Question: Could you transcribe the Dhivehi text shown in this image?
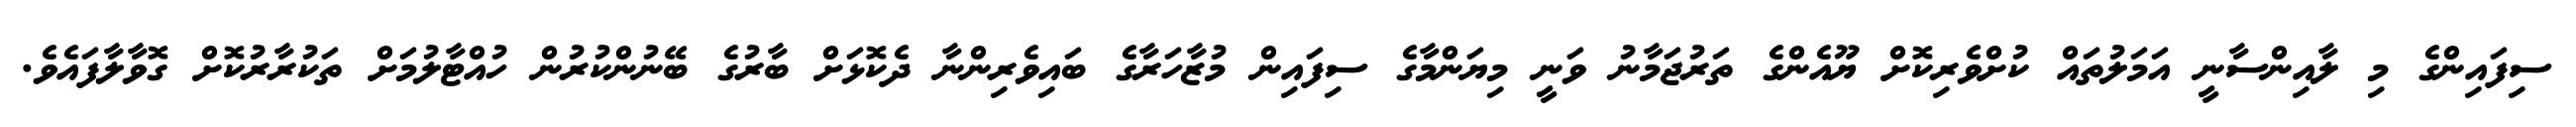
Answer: ސިފައިންގެ މި ލާއިންސާނީ އަމަލުތައް ކުށްވެރިކޮށް ޔޫއެންގެ ތަރުޖަމާނު ވަނީ މިޔަންމާގެ ސިފައިން މުޒާހަރާގެ ބައިވެރިންނާ ދެކޮޅަށް ބާރުގެ ބޭނުންކުރުން ހުއްޓާލުމަށް ތަކުރާރުކޮށް ގޮވާލާފައެވެ.